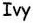
Ivy